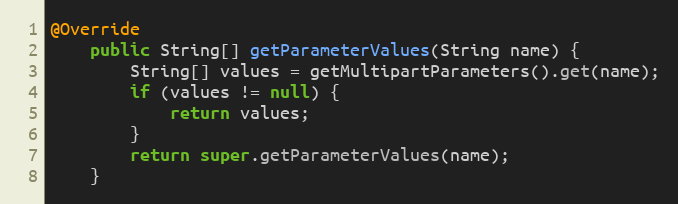
Language: Java
@Override
    public String[] getParameterValues(String name) {
        String[] values = getMultipartParameters().get(name);
        if (values != null) {
            return values;
        }
        return super.getParameterValues(name);
    }